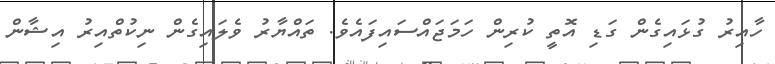
ހާއިރު ގުޅައިގެން ގަޑި އޮތީ ކުރިން ހަމަޖައްސައިފައެވެ. ތައްޔާރު ވެލައިގެން ނިކުތްއިރު އިޝާން